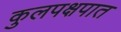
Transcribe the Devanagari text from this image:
कुलपक्षपात